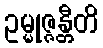
ဥမ္မုဇ္ဇန္တီတိ